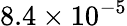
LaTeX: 8.4\times 10^{-5}